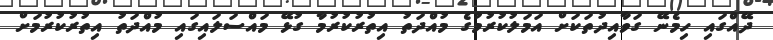
ދޭއްގައި ހިމެނޭ ގަވާއިދުތަކަށް އަމަލުކުރުމުގެ މުއްދަތު އިތުރުކުރުމާ ގުޅޭ މައްސަލައިގައި މުއްދަތު އިތުރުކުރުމަށް